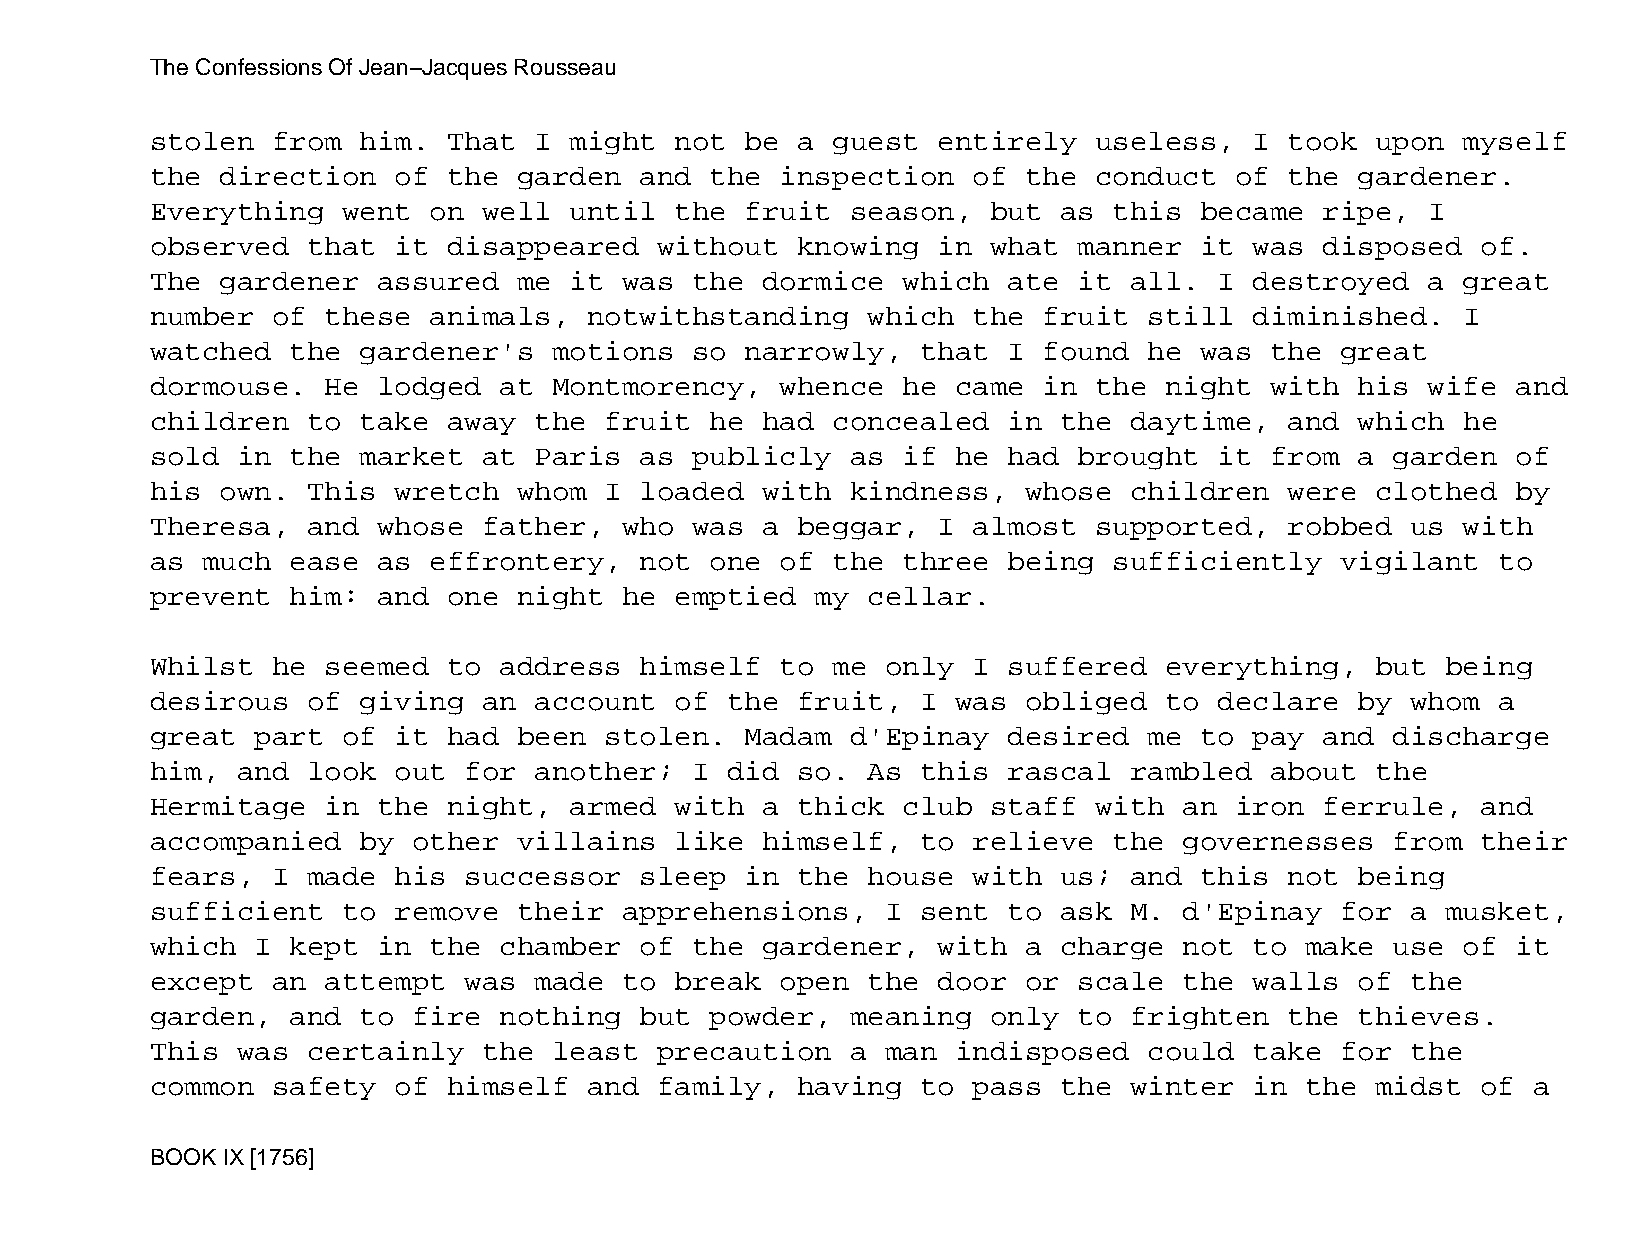
The Confessions Of Jean−Jacques Rousseau
 stolen  from  him.  That I  might  not be  a guest  entirely  useless,   I took  upon  myself
 the  direction  of  the garden  and  the  inspection  of  the conduct   of the  gardener.
 Everything   went on  well  until  the fruit  season,   but as  this became   ripe,  I
 observed  that  it  disappeared   without  knowing  in  what manner  it  was  disposed  of.
 The  gardener  assured  me  it was  the dormice   which  ate it  all.  I destroyed   a great
 number  of  these animals,   notwithstanding   which  the  fruit  still  diminished.   I
 watched  the  gardener's   motions  so narrowly,   that  I found  he was  the  great
 dormouse.   He lodged  at  Montmorency,   whence  he came  in the  night  with  his  wife and
 children  to  take  away the  fruit  he had  concealed   in the  daytime,  and  which  he
 sold  in the  market  at Paris  as  publicly  as  if he  had brought   it from  a garden  of
 his  own. This  wretch  whom  I loaded  with  kindness,   whose  children  were  clothed  by
 Theresa,  and  whose  father,  who  was a  beggar,  I almost  supported,   robbed  us  with
 as much  ease  as effrontery,   not  one  of the  three  being  sufficiently   vigilant  to
 prevent  him:  and  one night  he  emptied  my cellar.
 Whilst  he  seemed  to address  himself   to me  only I  suffered  everything,   but  being
 desirous  of  giving  an account   of the  fruit,  I was  obliged  to  declare  by whom  a
 great  part  of it  had been  stolen.  Madam  d'Epinay   desired  me to  pay  and discharge
 him,  and look  out  for another;   I did  so. As  this  rascal  rambled  about  the
 Hermitage   in the  night,  armed  with a  thick  club  staff with  an  iron  ferrule,  and
 accompanied   by other  villains   like himself,   to relieve   the governesses   from  their
 fears,  I made  his  successor  sleep  in  the house  with  us;  and this  not  being
 sufficient   to remove  their  apprehensions,    I sent  to ask  M. d'Epinay   for a  musket,
 which  I kept  in the  chamber  of  the gardener,   with  a charge  not  to make  use  of it
 except  an  attempt  was made  to  break  open the  door  or scale  the  walls  of the
 garden,  and  to fire  nothing  but  powder,  meaning   only to  frighten  the  thieves.
 This  was certainly   the  least  precaution  a  man indisposed   could  take  for the
 common  safety  of  himself  and  family,  having  to pass  the  winter  in the  midst  of a
 BOOK IX [1756]